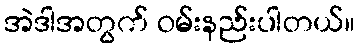
အဲဒါအတွက် ဝမ်းနည်းပါတယ်။